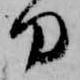
刀